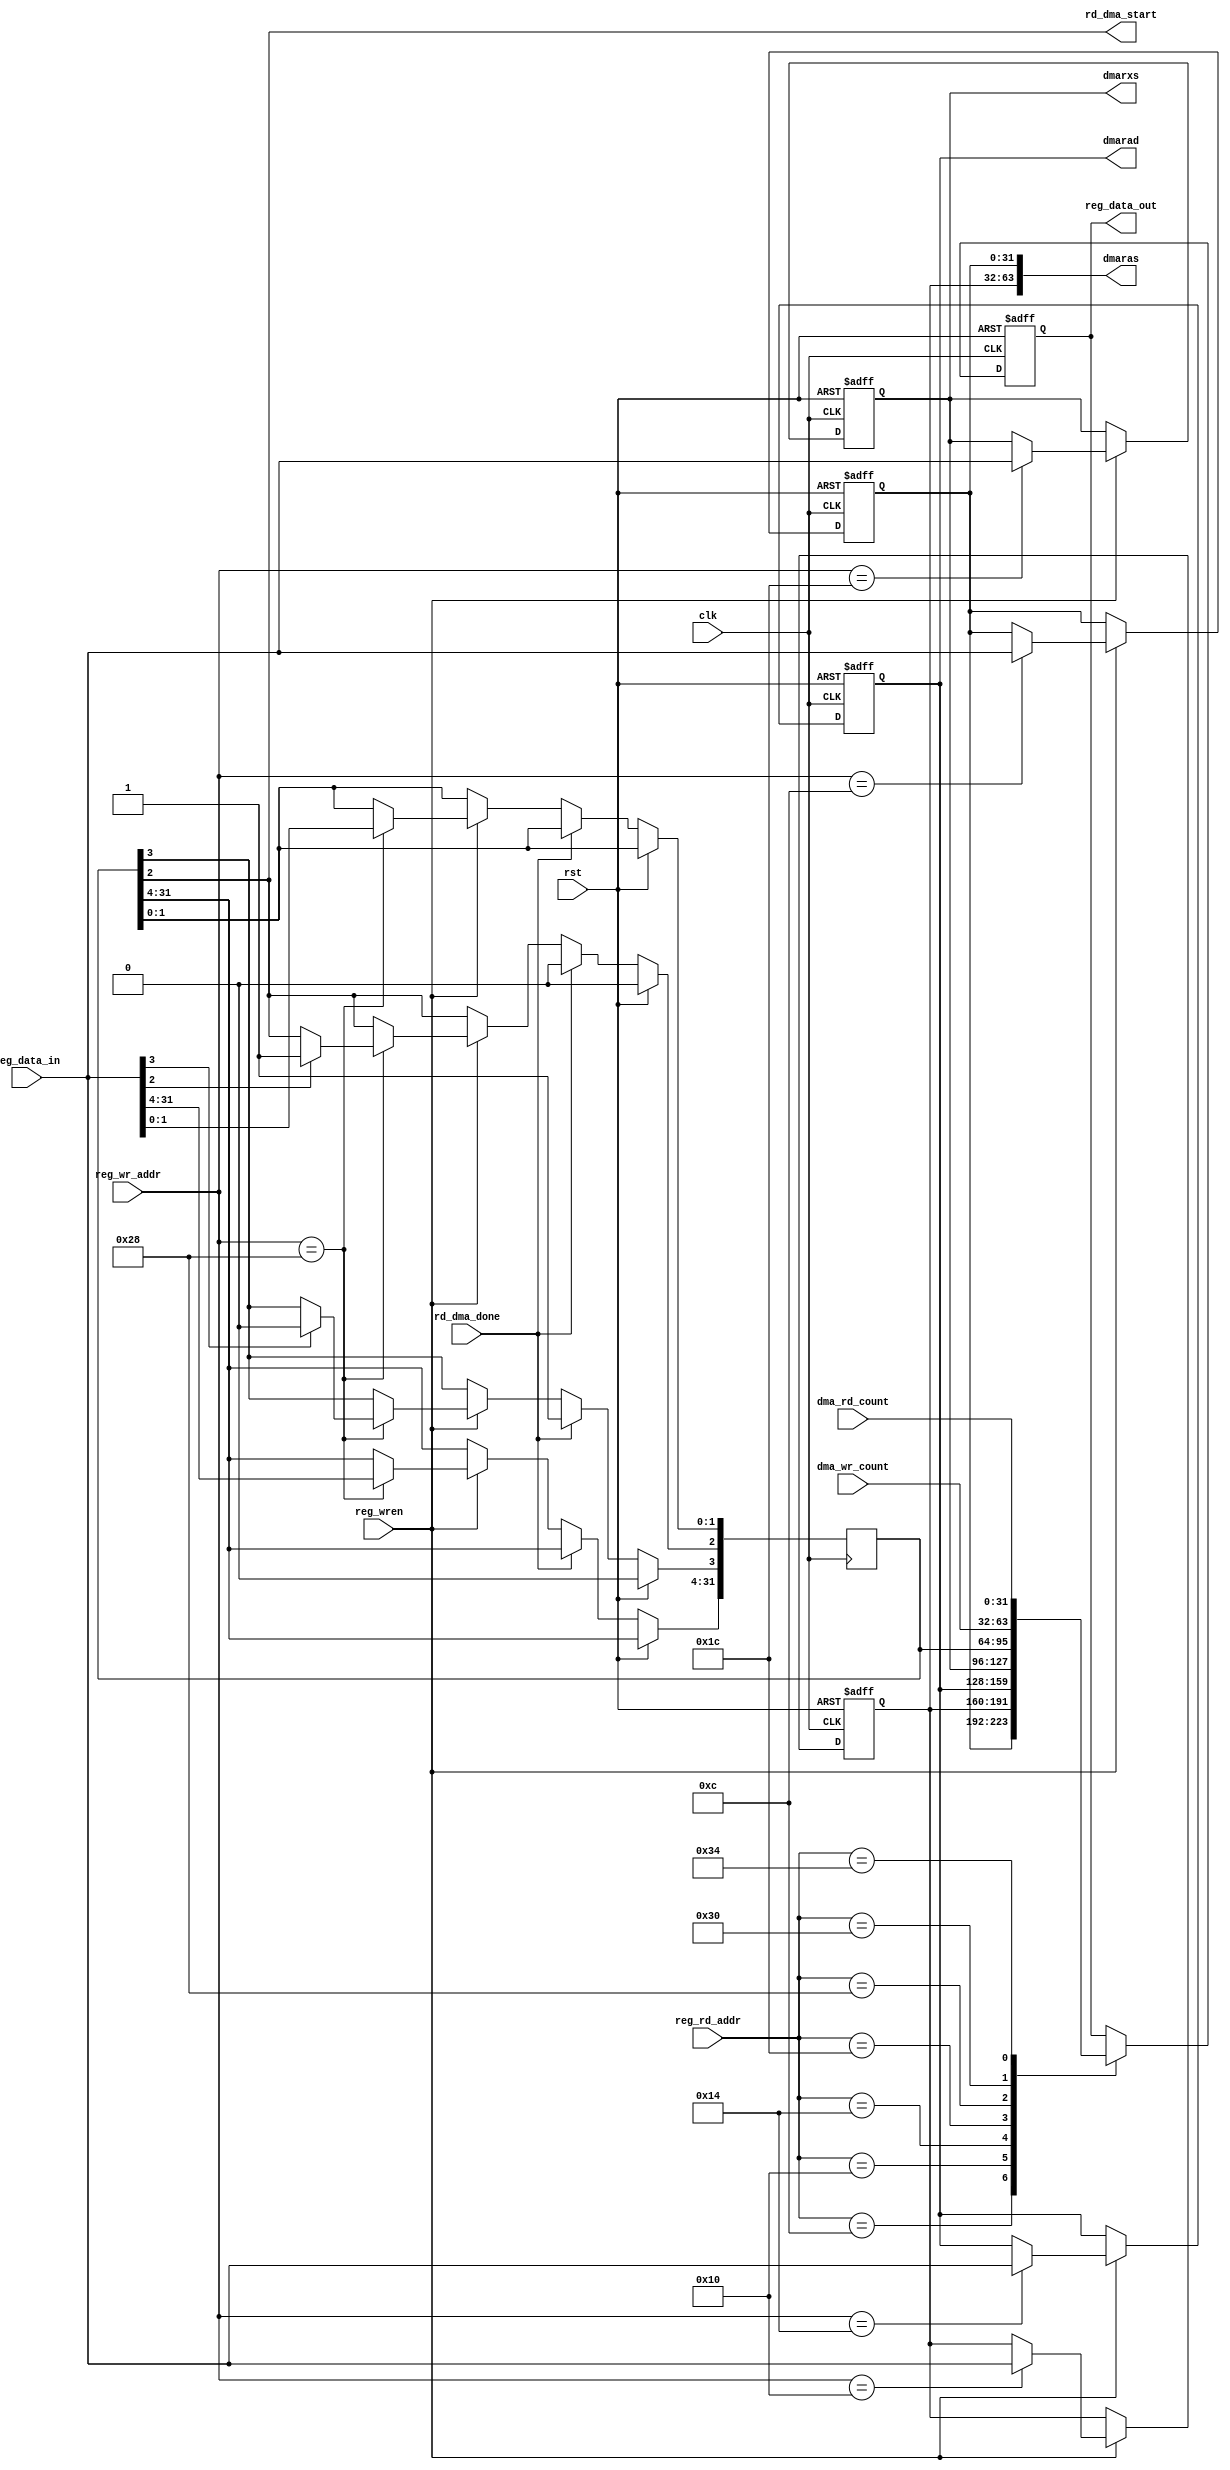
module internal_dma_ctrl
(
	 input clk,             
	 input rst, 
	 //interface from dma_ctrl_status_reg file;
	 //these inputs could also be directly driven from the host system if desired
	 //in which case the dma_ctrl_status_reg_file block should be removed from the
	 //design 
	 input [31:0] reg_data_in, 
	 input [6:0] reg_wr_addr, 
	 input [6:0] reg_rd_addr, 
	 input reg_wren,    
	 output reg [31:0] reg_data_out, //reg_data_out is never used

	 //DMA parameter control outputs to TX and RX engines
	 output [63:0] dmaras,     //Read address source (from host memory)
	 output reg [31:0] dmarad, //Read address destination (to backend memory)
	 output reg [31:0] dmarxs, //Read transfer size in bytes

	 output rd_dma_start,  //read dma start control signal
	 input rd_dma_done,    //read dma done signal from RX engine

	 //Performance counts from performance counter module
	 //Not used in this module because the copies in dma_ctrl_status_reg_file
	 //are used instead
	 input [31:0] dma_wr_count,
	 input [31:0] dma_rd_count
); 


reg [31:0] dmaras_l, dmaras_u;
reg [31:0] dmacst;

//concatanate to form the 64 bit outputs
assign dmaras[63:0] = {dmaras_u,dmaras_l};

////assign wr_dma_start = dmacst[0];
assign rd_dma_start = dmacst[2];


//block for writing into the regfile
//--when reg_wren is asserted, reg_data_in will be written to one of the 
//registers as chosen by reg_wr_addr selection signal
always@(posedge clk or posedge rst) begin
    if(rst) begin
       dmaras_l <= 0;
       dmaras_u <= 0;
       dmarad   <= 0;
       dmarxs   <= 0;
     end else begin    
          if(reg_wren) begin 
                  case(reg_wr_addr) 
                        7'b000_1100: dmaras_l <= reg_data_in; //0x0C
                        7'b001_0000: dmaras_u <= reg_data_in; //0x10
                        7'b001_0100: dmarad   <= reg_data_in; //0x14
                        7'b001_1100: dmarxs   <= reg_data_in; //0x1C
                        default: begin 
                                      dmaras_l <= dmaras_l;
                                      dmaras_u <= dmaras_u;
                                      dmarad <= dmarad;
                                      dmarxs <= dmarxs;
                        end
                     endcase
            end 
        end
     end

//use a separate always block for dmacst[3:2] for clarity  
//dmacst[2] == rd_dma_start;  host sets this bit to start a dma transfer
//                            it is automatically cleared when the 
//                            dma transfer completes
//dmacst[3] == rd_dma_done;   asserted when the dma transfer is finished
//                              this bit can be polled by the host or it could
//                              be used to drive hardware block to generate
//                              an interrupt
//                              this bit must be cleared by the host by 
//                              writing a "1" to it.       
always@(posedge clk) begin
    if(rst) begin
       dmacst[3:2]   <= 2'b00;
     end else begin    
         if(rd_dma_done) begin //rd_dma_done from RX Engine
               dmacst[2] <= 1'b0;
               dmacst[3] <= 1'b1;
          end else if(reg_wren) begin 
                  case(reg_wr_addr) 
                        7'b010_1000: begin //0x28
								     /// Jiansong:
								     //take care of the unused bits in this always
                             //block
                             dmacst[31:4] <= reg_data_in[31:4];
									  dmacst[1:0]  <= reg_data_in[1:0];
                             //set the start bit if the host writes a 1
                             //the host cannot clear this bit
                             if(reg_data_in[2])
                                dmacst[2] <= 1'b1;
                             else
                                dmacst[2] <= dmacst[2];

                             //clear the done bit if the host writes a 1
                             //the host cannot set this bit
                             if(reg_data_in[3])
                                dmacst[3] <= 1'b0;
                             else
                                dmacst[3] <= dmacst[3]; 
                         end
                         default: begin 
                                 dmacst[3:2] <= dmacst[3:2];
                        end
                     endcase
               end 
        end
     end

// output register for cpu
// this is a read of the reg_file
// the case stmt is a mux which selects which reg location
// makes it to the output data bus
// Not used in this design

always@(posedge clk or posedge rst ) 
  begin                                                                
     if(rst)                           
          begin
      reg_data_out <= 0;
        end
     else
         begin                              
            case(reg_rd_addr[6:0])
              7'b000_1100: reg_data_out <= dmaras_l;
              7'b001_0000: reg_data_out <= dmaras_u;
              7'b001_0100: reg_data_out <= dmarad;
              7'b001_1100: reg_data_out <= dmarxs;
              7'b010_1000: reg_data_out <= dmacst;
              7'b011_0000: reg_data_out <= dma_wr_count;
              7'b011_0100: reg_data_out <= dma_rd_count;
            endcase
        end
   end

  endmodule